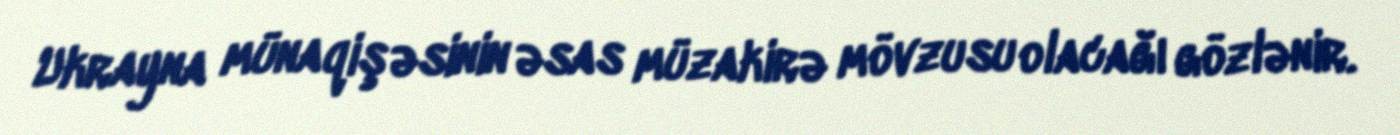
Ukrayna münaqişəsinin əsas müzakirə mövzusu olacağı gözlənir.